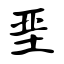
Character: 垩